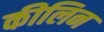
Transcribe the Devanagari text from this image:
कीलिन